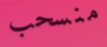
منسحب